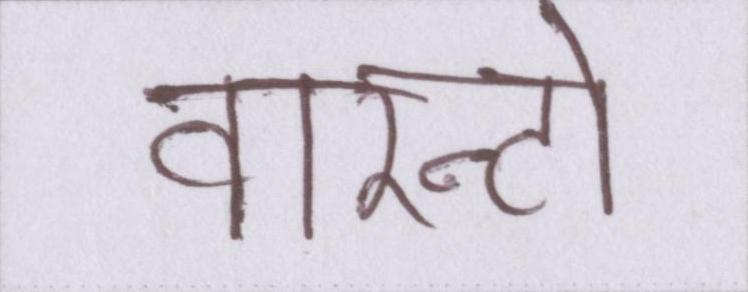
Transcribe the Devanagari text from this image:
वारन्टो